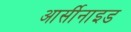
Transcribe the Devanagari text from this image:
आर्सीनाइड